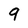
Character: 9